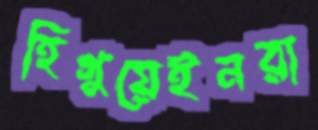
হিগুয়েইনরা